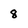
Character: 8